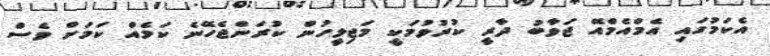
އެކަމުގައި އެމްއެމްއޭ ޖަވާބު ދާރީ ކުރުވުމަކީ މަޖިލީހުން ކުރަންޖެހޭނެ ކަމެއް ކަމަށް ވެސް